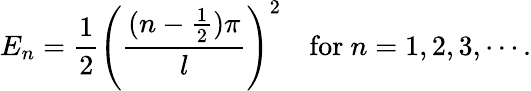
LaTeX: E_{n}=\frac{1}{2}\left(\frac{(n-\frac{1}{2})\pi}{l}\right)^{2}~~~~\mathrm{for}~n=1,2,3,\cdots.